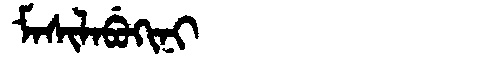
Manchu: ᠮᠠᠰᡳᠯᠠᠪᡠᡴᡳᠨᡳ
Romanization: MASILABUKINI